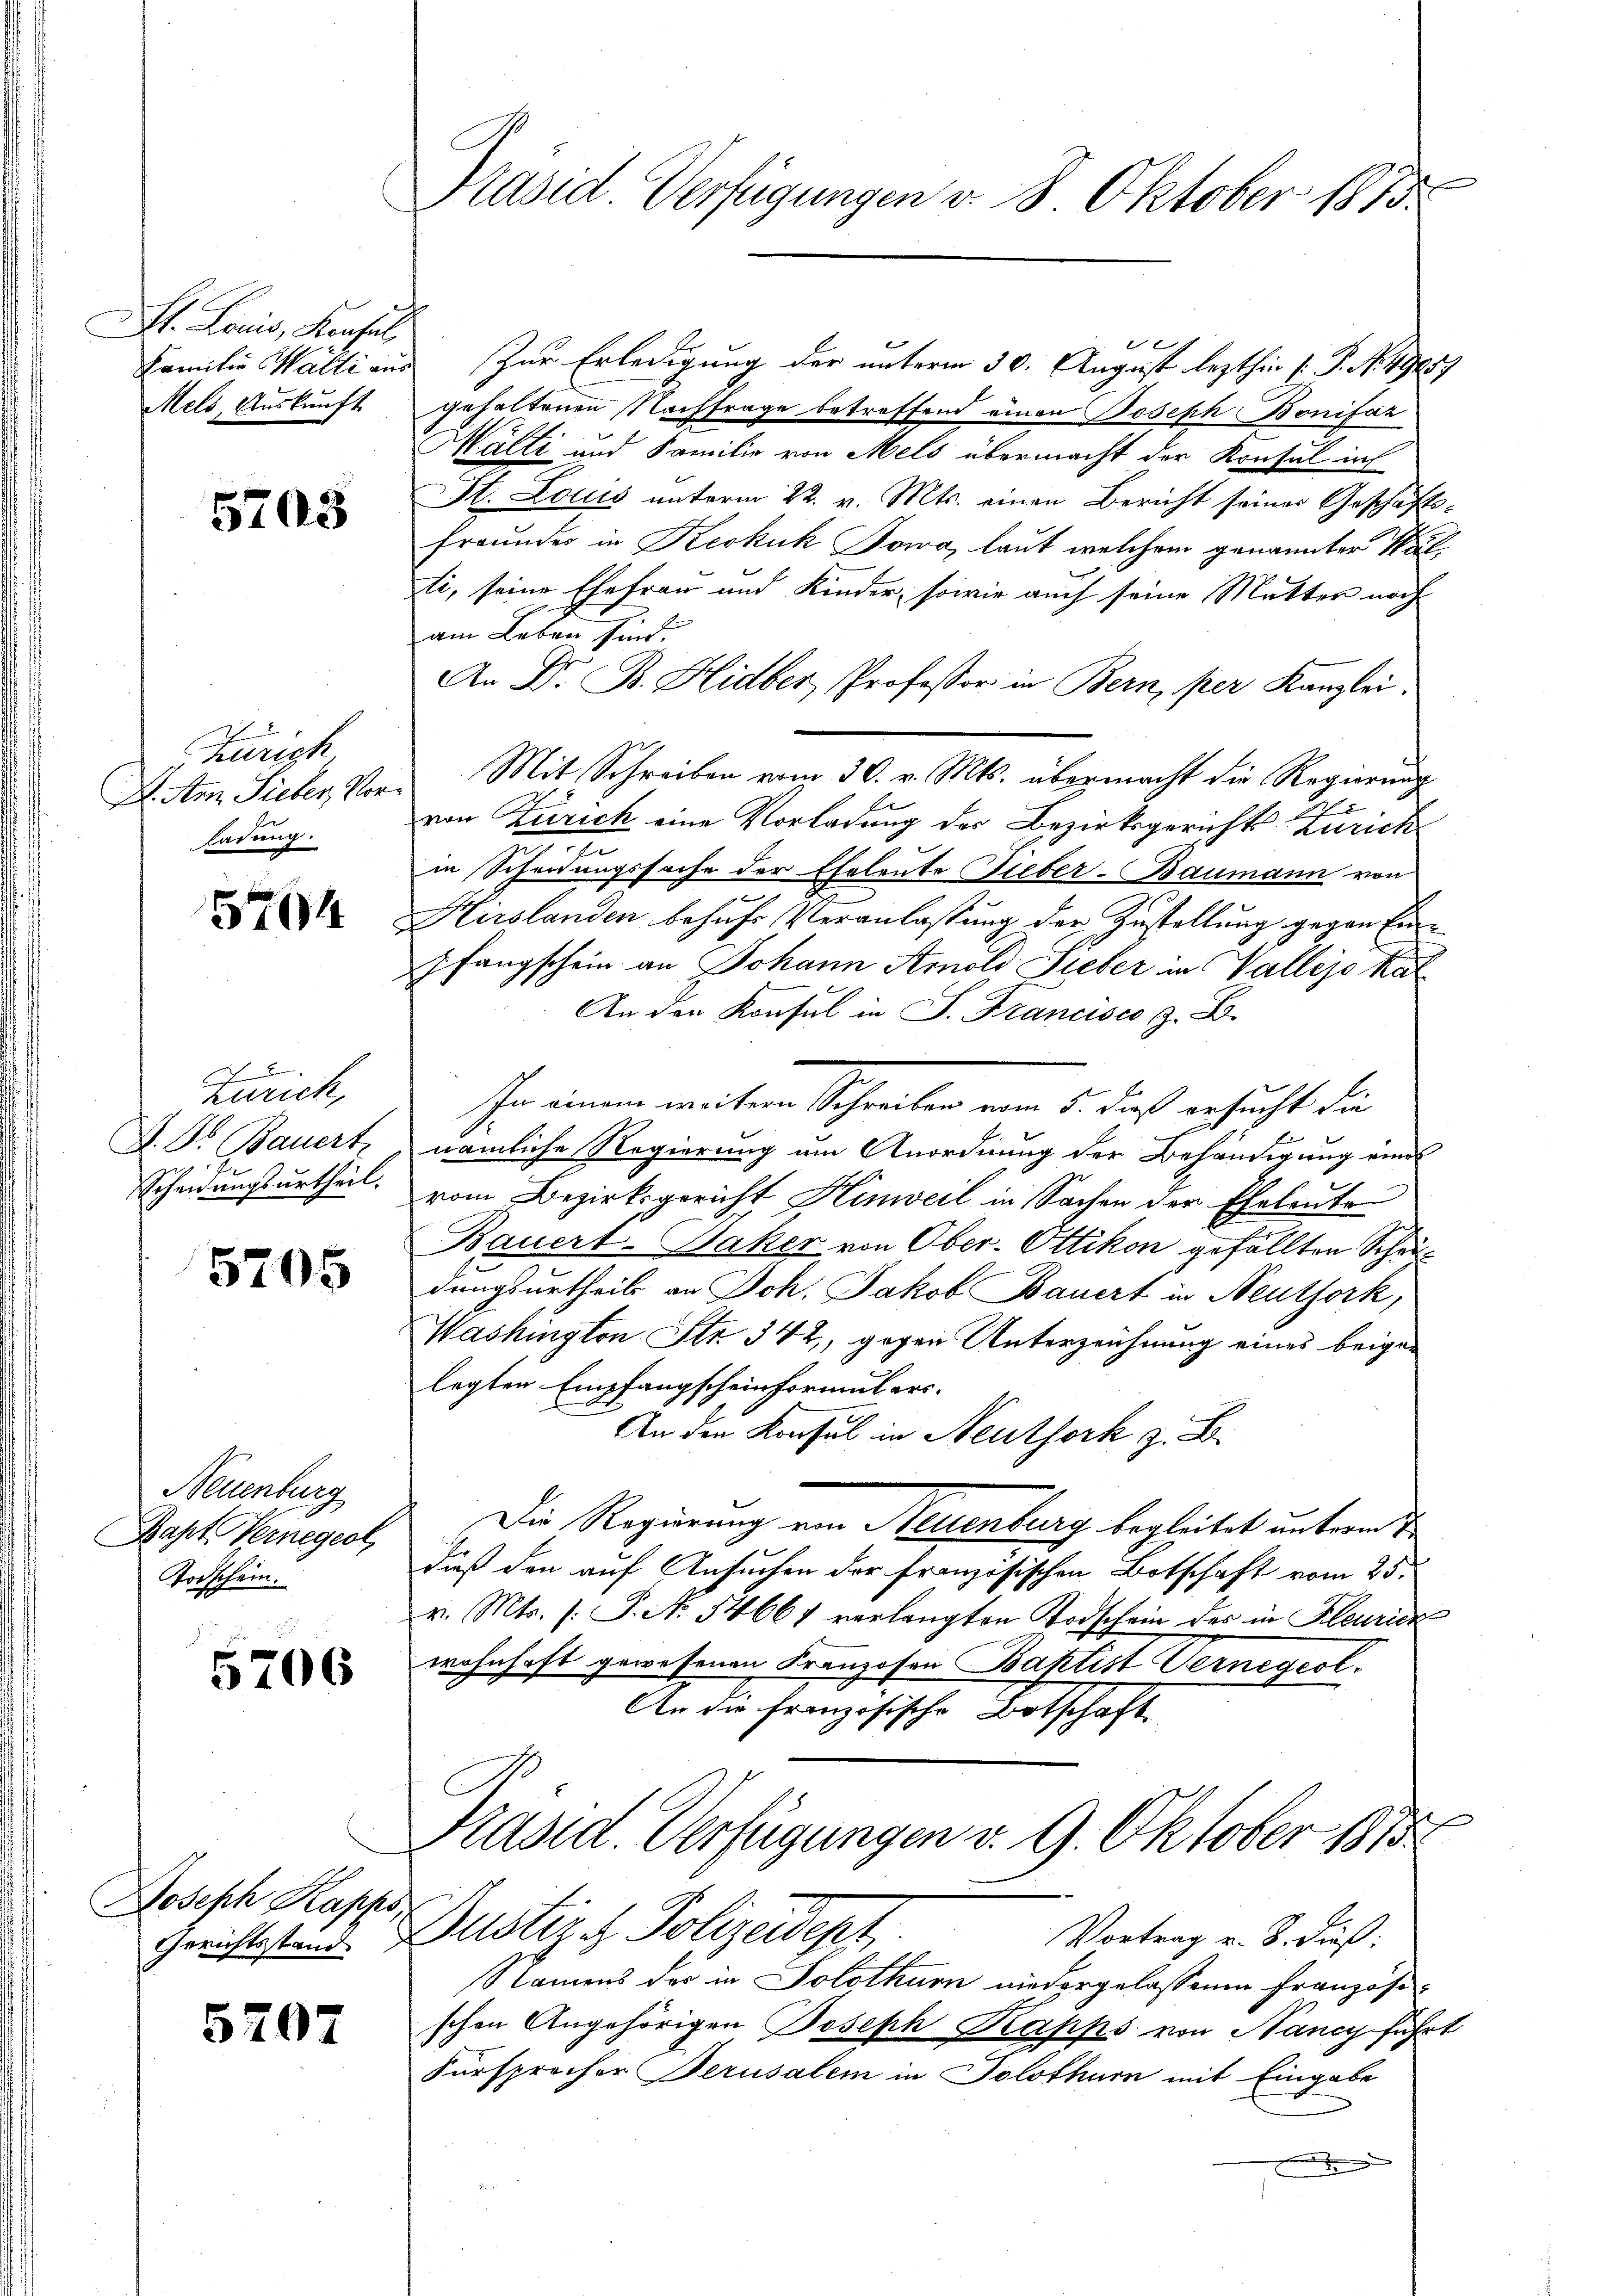
St. Louis, Konsul,
Mels, Auskunft

5703

Zürich
L. Am Sieber, Vor
ladung.

5704

zurich,
D. Dr. Bauert
.
Scheidungsurtheil.

5705

Neuenburg
Bapt Vernegcol
Todschein.

5706

Joseph Kapps,
Gerichtsstand

5207

Präsid. Verfügungen v. 8. Oktober 1815.

ug
Familie Walli aus zur Erledigung der unterm 30. August lezthin (: P. N. 49859
gehaltenen Nachfrage betreffend einen Joseph Bonifaz
Mälti und Familie von Mels übermacht der Konsul ins
St. Louis unterm 22. v. Mts. einen Bericht seiner Geschäftsfreundes in Keskuk Jowa, laut welchem genannter Wal
ti, seine Ehefrau und Kinder, sowie auch seine Mutter noch
am Leben sind.
An Dr. B. Hidber, Professor in Bern, per Kanzlei.
Mit Schreiben vom 30. v. Mts. übermacht die Regierung
von Zürich eine Vorladung des Bezirksgerichts Zürich
in Scheidungssache der Eheleute Fieber-Baumann von
Hirslanden behufs Veranlassung der Zustellung gegen Einpfangschein an Johann Arnold Sieber in Vallejo kal
An den Konsul in P. Francisco z. B.
In einem weiter Schreiben vom 5. dieß ersucht die
nämliche Regierung um Anordnung der Behändigung eines
vom Bezirksgericht Hinweil in Sachen der Eheleute
Bauert-Jaker von Ober-Ottikon gefällten Schaudungsurtheils an Joh. Jakob Bauert in Neuthork,
Washington Str. 342, gegen Unterzeichnung eines beigelegten Empfangscheinformulars-
An den Konsul in Neuthork z. B.
Die Regierung von Neuenburg begleitet untern de
daß den auf Ansuchen der französischen Botschaft vom 25.
v. Mts. (: P. N. 54661 verlangten Todschein des in Kleurick
wohnhaft gewesenen Franzosen Baptist Vernegeol.
Ar die französische Botschaft
Präsid. Verfügungen v. 9. Oktober 1873
Justiz & Polizeidept,
Vortrag u. 8. dieß:
Namens des in Solothurn niedergelassenen Französischen Angehörigen Joseph Papps von Nancy führt
Fürsprecher Perusalem in Solothur mit Eingabe